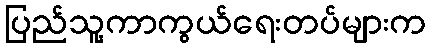
ပြည်သူ့ကာကွယ်ရေးတပ်များက